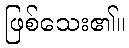
ဖြစ်သေး၏။